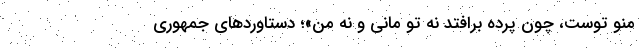
منو توست، چون پرده برافتد نه تو مانی و نه من»؛ دستاوردهای جمهوری